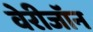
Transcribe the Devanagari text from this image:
वेरीजॉन